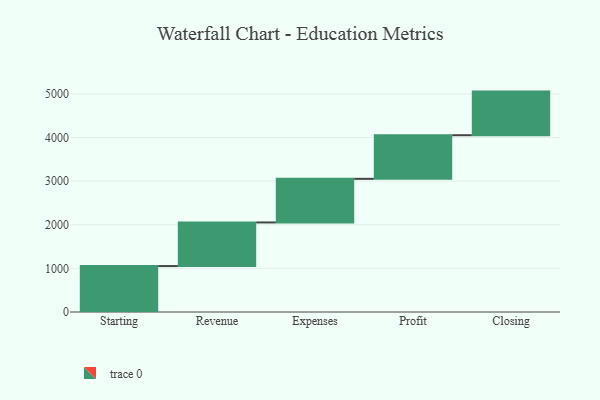
{"axis": {"x": "Step", "y": "Value"}, "legend": [""], "data": [{"x": "Starting", "y": 1053.0, "type": ""}, {"x": "Revenue", "y": 1000, "type": ""}, {"x": "Expenses", "y": 1000, "type": ""}, {"x": "Profit", "y": 1000, "type": ""}, {"x": "Closing", "y": 1000, "type": ""}]}